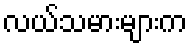
လယ်သမားများက